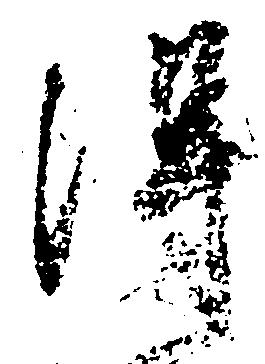
得